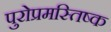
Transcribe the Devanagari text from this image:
पुरोप्रमस्तिष्क